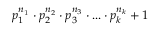
p _ { 1 } ^ { n _ { 1 } } \cdot p _ { 2 } ^ { n _ { 2 } } \cdot p _ { 3 } ^ { n _ { 3 } } \cdot . . . \cdot p _ { k } ^ { n _ { k } } + 1